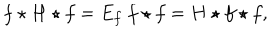
f \star H \star f = E _ { f } ~ f \star f = H \star f \star f ,